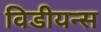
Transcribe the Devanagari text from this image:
विडीयन्स